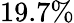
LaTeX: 19.7\%